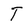
Character: T